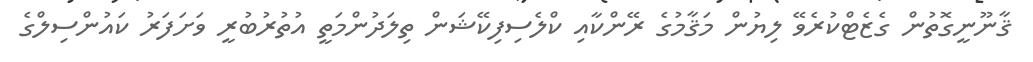
ޤާނޫނީގޮތުން ގެޒެޓްކުރެވޭ ލިޔުން މަޤާމުގެ ރޭންކާއި ކްލެސިފިކޭޝަން ތިލަދުންމަތީ އުތުރުބުރީ ވަށަފަރު ކައުންސިލްގެ